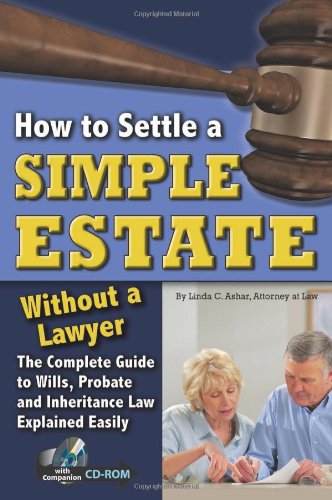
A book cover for How to Settle a Simple Estate Without a Lawyer: The Complete Guide to Wills, Probate, and Inheritance Law Explained Simply (With Companion CD-ROM); Linda C Ashar; Law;